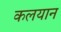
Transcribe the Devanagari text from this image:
कलयान